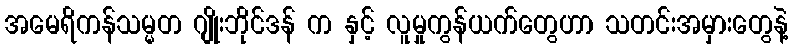
အမေရိကန်သမ္မတ ဂျိုးဘိုင်ဒန် က နှင့် လူမှုကွန်ယက်တွေဟာ သတင်းအမှားတွေနဲ့